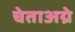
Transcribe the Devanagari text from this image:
चेताअग्रे